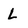
Character: L